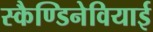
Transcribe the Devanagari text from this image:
स्कैण्डिनेवियाई